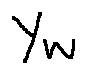
y _ { w }